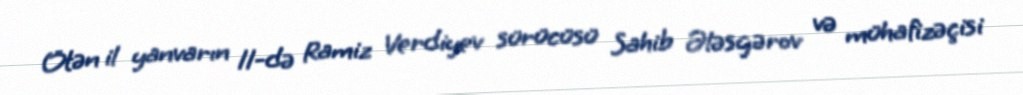
Ötən il yanvarın 11-də Ramiz Verdiyev sürücüsü Sahib Ələsgərov və mühafizəçisi